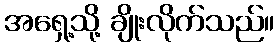
အရှေ့သို့ ချိုးလိုက်သည်။